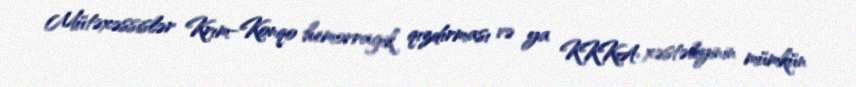
Mütəxəssislər Krım-Konqo hemorragik qızdırması və ya KKKA xəstəliyinin mümkün